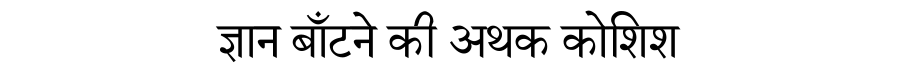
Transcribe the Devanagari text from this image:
ज्ञान बाँटने की अथक कोशिश